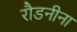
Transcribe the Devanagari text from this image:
रौडनीना